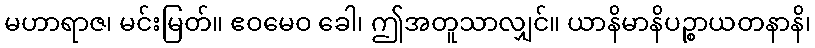
မဟာရာဇ၊ မင်းမြတ်။ ဧဝမေဝ ခေါ၊ ဤအတူသာလျှင်။ ယာနိမာနိပဉ္စာယတနာနိ၊